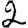
Digit: 2